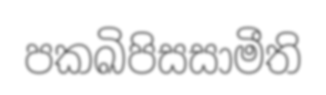
පකඛිපිසසාමීති